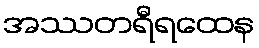
အဿတရီရထေန